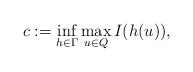
LaTeX: \begin{align*}c:= \inf_{h\in\Gamma}\max_{u \in Q} I(h(u)),\end{align*}